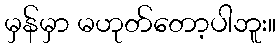
မှန်မှာ မဟုတ်တော့ပါဘူး။